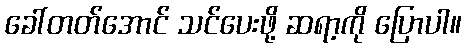
ခေါ်တတ်အောင် သင်ပေးဖို့ ဆရာ့ကို ပြောပါ။